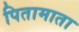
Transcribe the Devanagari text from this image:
पितामाता